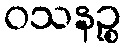
ဝသနဉ္စ